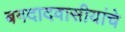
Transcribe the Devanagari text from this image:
बगदादवासीयांचे